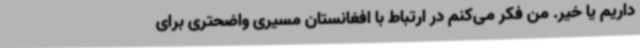
داریم یا خیر. من فکر می‌کنم در ارتباط با افغانستان مسیری واضحتری برای